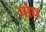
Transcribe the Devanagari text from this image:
पोध